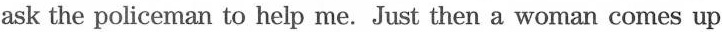
ask the policeman to help me. Just then a woman comes up